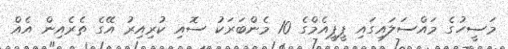
މަސީހުގެ މައްސަލައިގައި ޕީޕީއެމްގެ 10 މެންބަރަކު ސޮއި ކުރިއިރު އޭގެ ތެރެއިން އެއް